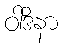
ဝါဒိနာ